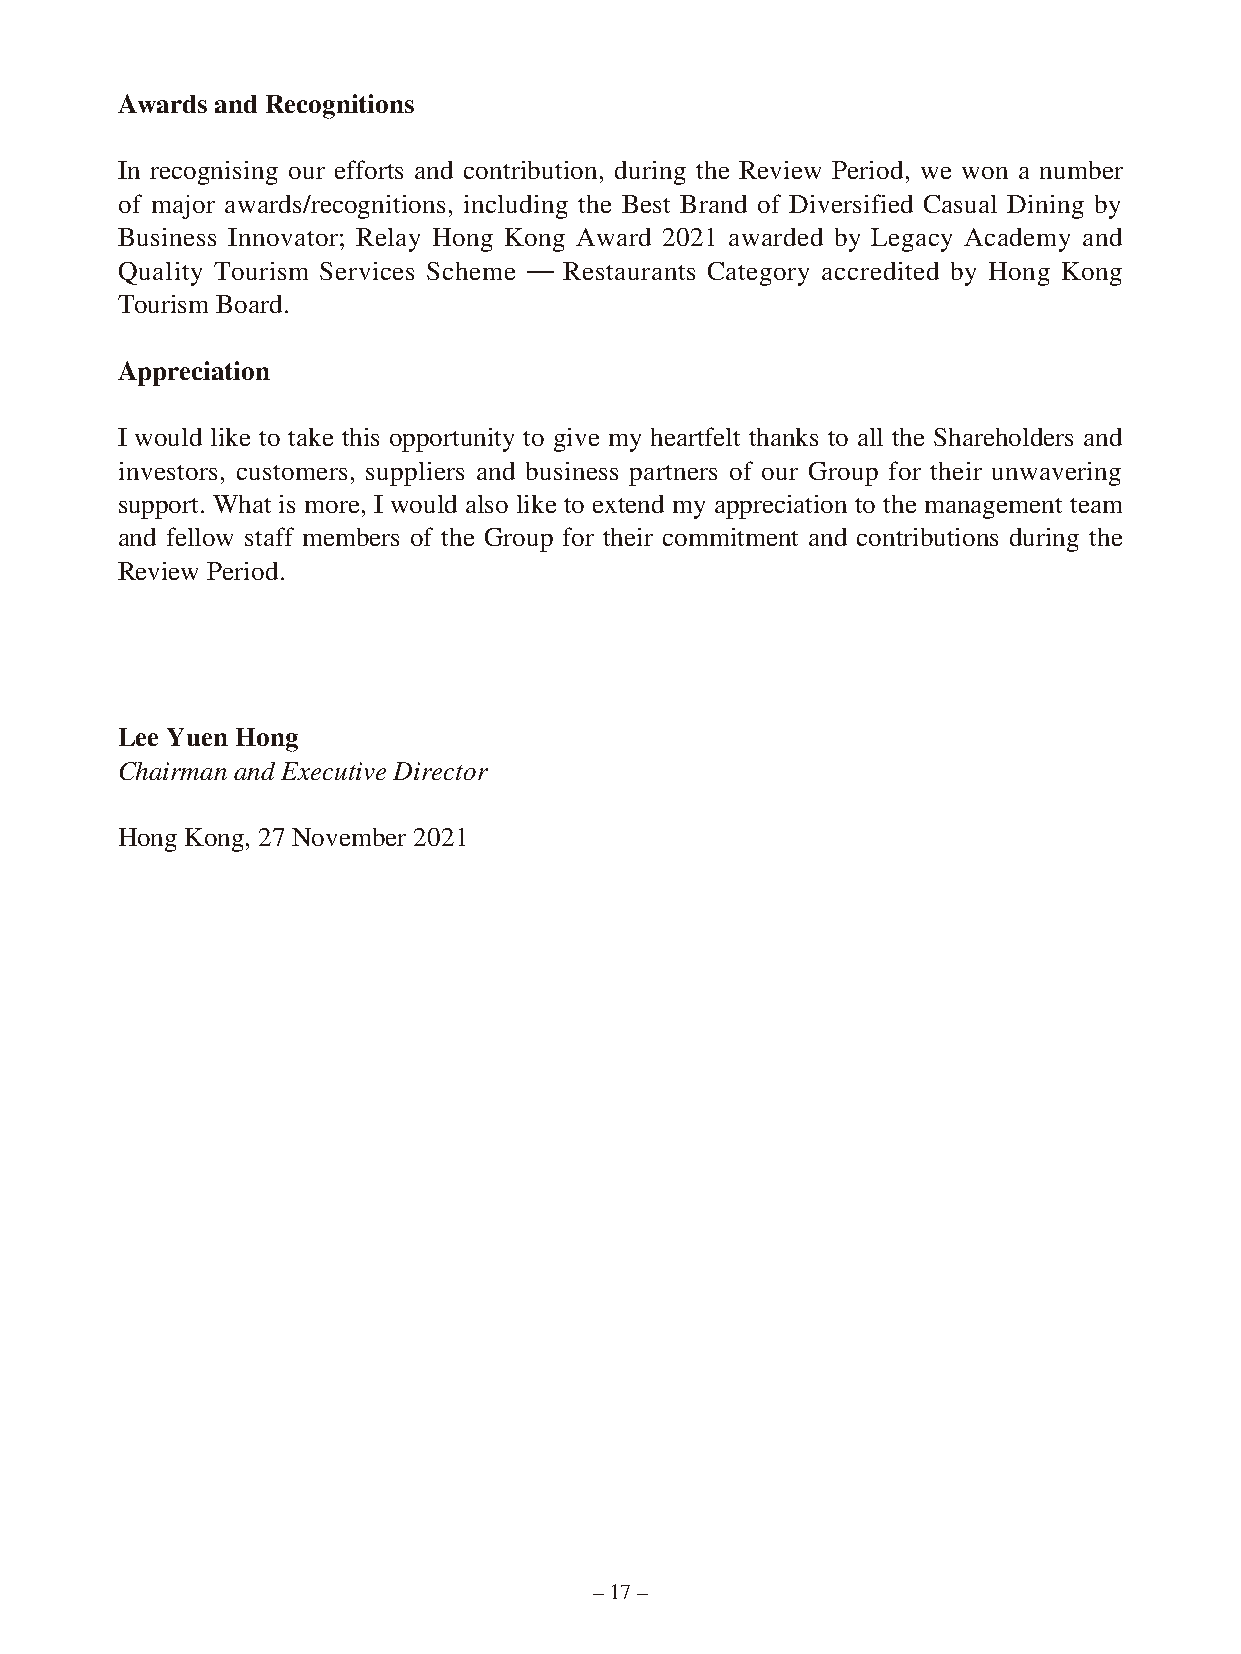
Awards and Recognitions
 In recognising our efforts and contribution, during the Review Period, we won a number
 of major awards/recognitions, including the Best Brand of Diversified Casual Dining by
 Business Innovator; Relay Hong Kong Award 2021 awarded by Legacy Academy and
 Quality Tourism Services Scheme — Restaurants Category accredited by Hong Kong
 Tourism Board.
 Appreciation
 I would like to take this opportunity to give my heartfelt thanks to all the Shareholders and
 investors, customers, suppliers and business partners of our Group for their unwavering
 support. What is more, I would also like to extend my appreciation to the management team
 and fellow staff members of the Group for their commitment and contributions during the
 Review Period.
 Lee Yuen Hong
 Chairman and Executive Director
 Hong Kong, 27 November 2021
 – 17 –